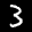
Label: 3